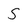
Character: S